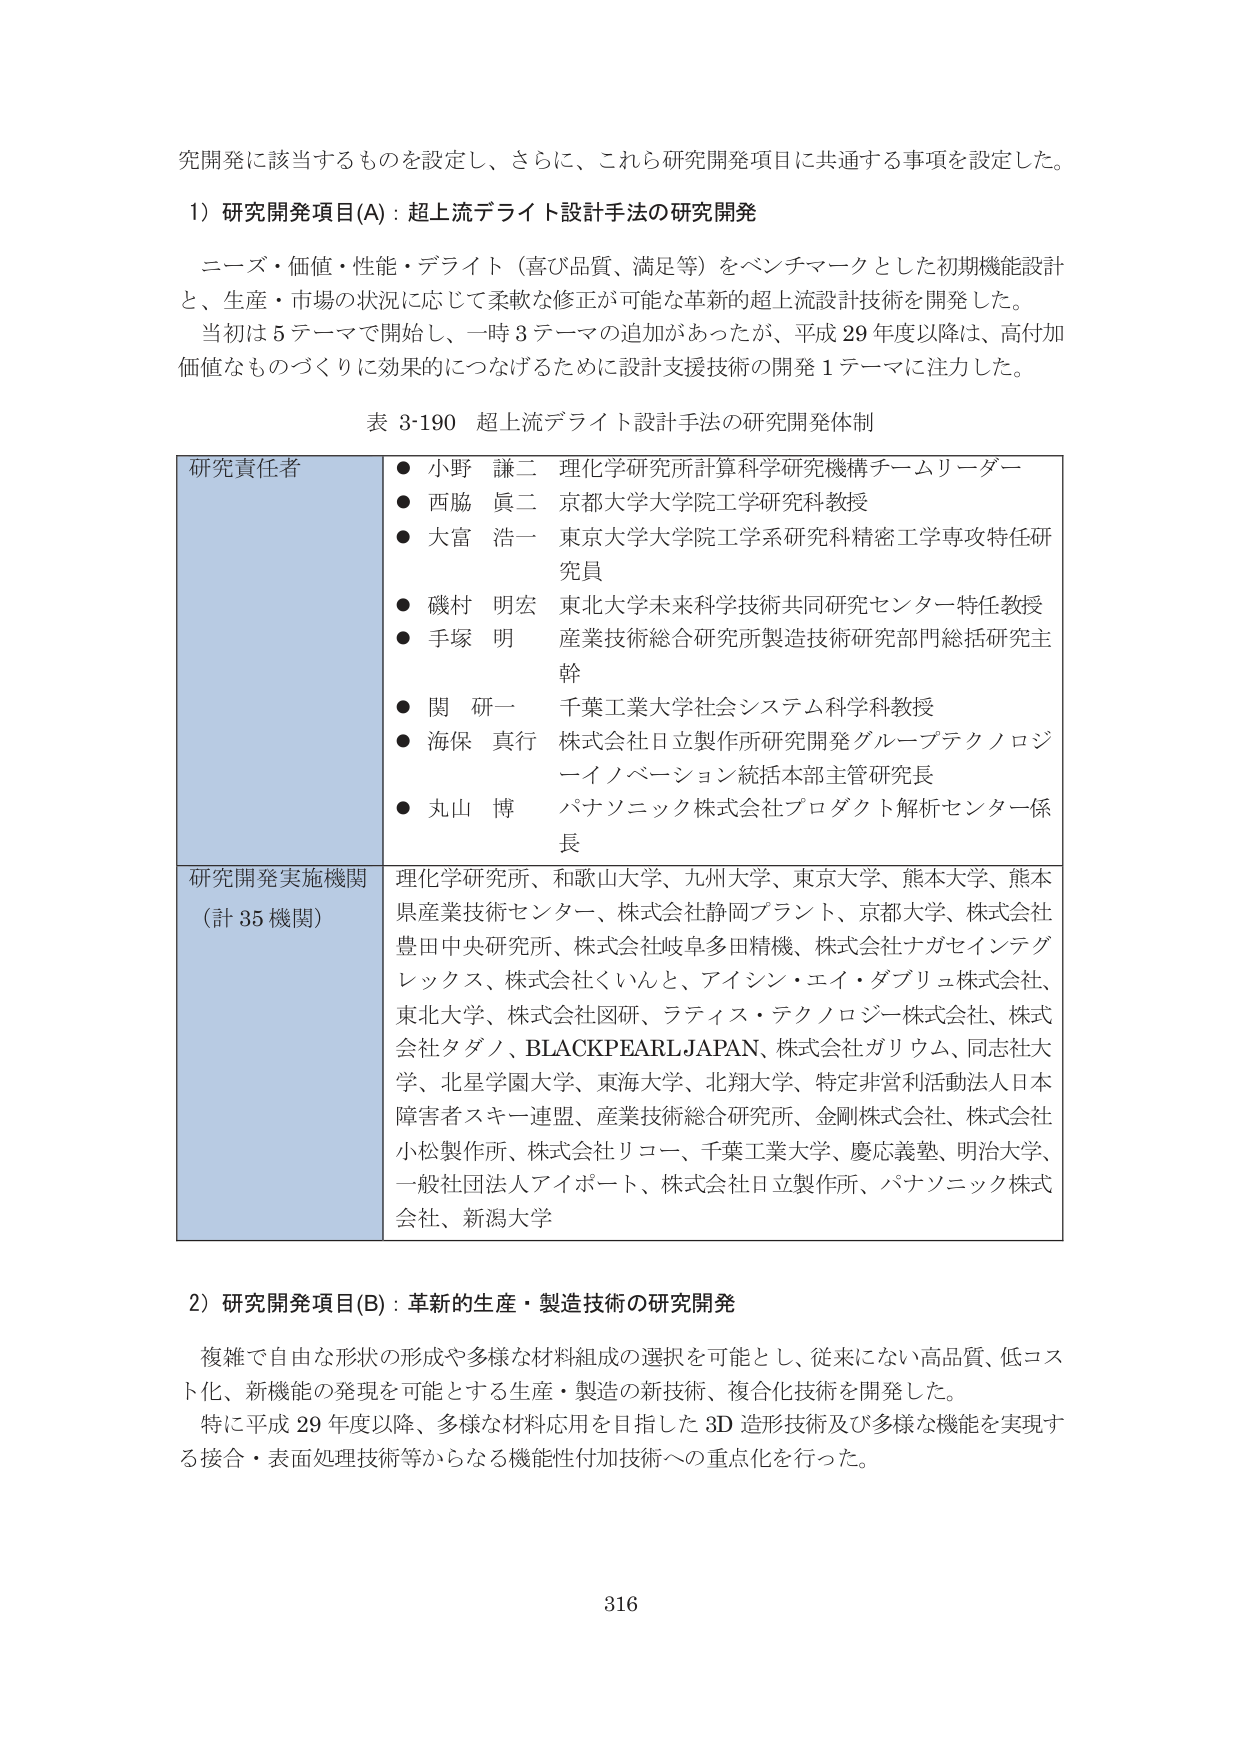
究開発に該当するものを設定し、さらに、これら研究開発項目に共通する事項を設定した。

1）研究開発項目(A)：超上流デライト設計手法の研究開発

ニーズ・価値・性能・デライト（喜び品質、満足等）をベンチマークとした初期機能設計と、生産・市場の状況に応じて柔軟な修正が可能な革新的超上流設計技術を開発した。
当初は5テーマで開始し、一時3テーマの追加があったが、平成29年度以降は、高付加価値なものづくりに効果的につなげるために設計支援技術の開発1テーマに注力した。

表 3-190 超上流デライト設計手法の研究開発体制

研究責任者
● 小野 謙二 理化学研究所計算科学研究機構チームリーダー
● 西脇 眞二 京都大学大学院工学研究科教授
● 大富 浩一 東京大学大学院工学系研究科精密工学専攻特任研究員
● 磯村 明宏 東北大学未来科学技術共同研究センター特任教授
● 手塚 明 産業技術総合研究所製造技術研究部門総括研究主幹
● 関 研一 千葉工業大学社会システム科学科教授
● 海保 真行 株式会社日立製作所研究開発グループテクノロジーイノベーション統括本部主管研究長
● 丸山 博 パナソニック株式会社プロダクト解析センター係長

研究開発実施機関（計35機関）
理化学研究所、和歌山大学、九州大学、東京大学、熊本大学、熊本県産業技術センター、株式会社静岡プラント、京都大学、株式会社豊田中央研究所、株式会社岐阜多田精機、株式会社ナガセインテグレックス、株式会社くいんと、アイシン・エイ・ダブリュ株式会社、東北大学、株式会社図研、ラティス・テクノロジー株式会社、株式会社タダノ、BLACKPEARLJAPAN、株式会社ガリウム、同志社大学、北星学園大学、東海大学、北翔大学、特定非営利活動法人日本障害者スキー連盟、産業技術総合研究所、金剛株式会社、株式会社小松製作所、株式会社リコー、千葉工業大学、慶応義塾、明治大学、一般社団法人アイポート、株式会社日立製作所、パナソニック株式会社、新潟大学

2）研究開発項目(B)：革新的生産・製造技術の研究開発

複雑で自由な形状の形成や多様な材料組成の選択を可能とし、従来にない高品質、低コスト化、新機能の発現を可能とする生産・製造の新技術、複合化技術を開発した。
特に平成29年度以降、多様な材料応用を目指した3D造形技術及び多様な機能を実現する接合・表面処理技術等からなる機能性付加技術への重点化を行った。

316